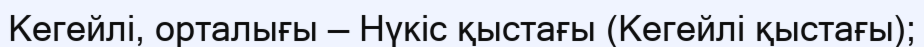
Кегейлі, орталығы — Нүкіс қыстағы (Кегейлі қыстағы);